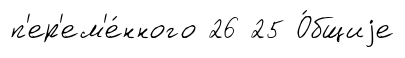
п'ер'ем'е́нного 26 25 О́бщиjе